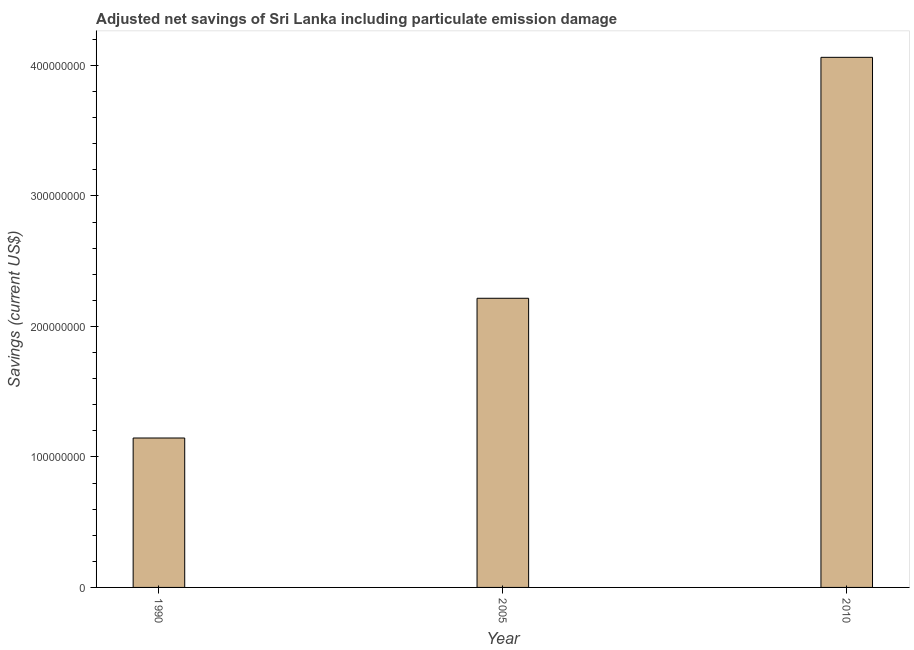
| Year | Adjusted savings: particulate emission damage (current US$) |
 | --- | --- |
 | 1990 | 1.15e+08 |
 | 2005 | 2.22e+08 |
 | 2010 | 4.06e+08 |